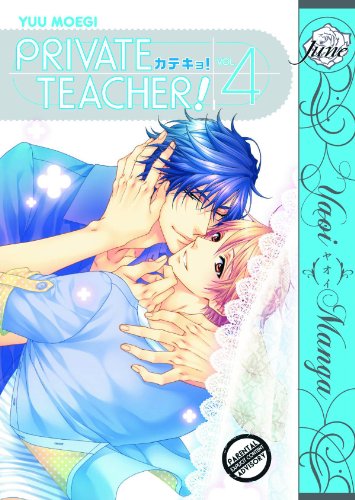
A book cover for Private Teacher! Volume 4 (Yaoi Manga); Yuu Moegi; Comics & Graphic Novels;